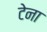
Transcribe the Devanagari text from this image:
टेना